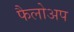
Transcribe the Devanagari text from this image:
फैलोअप